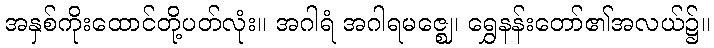
အနှစ်ကိုးထောင်တို့ပတ်လုံး။ အဂါရံ အဂါရမဇ္ဈေ၊ ရွှေနန်းတော်၏အလယ်၌။